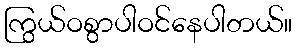
ကြွယ်ဝစွာပါဝင်နေပါတယ်။